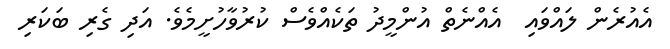
އެއުރެން ލައްވައި  އެއްނެތް އުންމީދު ތަކެއްވެސް ކުރުވާހުށީމެވެ. އަދި ގެރި ބަކަރި